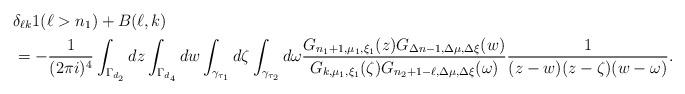
LaTeX: \begin{align*}&\delta_{\ell k}1(\ell>n_1)+B(\ell,k)\\&=-\frac 1{(2\pi i)^4}\int_{\Gamma_{d_2}}dz\int_{\Gamma_{d_4}}dw\int_{\gamma_{\tau_1}}d\zeta\int_{\gamma_{\tau_2}}d\omega\frac{G_{n_1+1,\mu_1,\xi_1}(z)G_{\Delta n-1,\Delta\mu,\Delta\xi}(w)}{G_{k,\mu_1,\xi_1}(\zeta)G_{n_2+1-\ell,\Delta\mu,\Delta\xi}(\omega)}\frac 1{(z-w)(z-\zeta)(w-\omega)}.\end{align*}